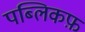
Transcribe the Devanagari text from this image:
पब्लिकफ़